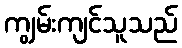
ကျွမ်းကျင်သူသည်